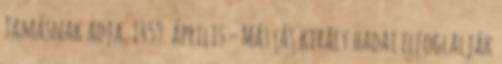
Tamásnak adja. 1459. április – Mátyás király hadai elfoglalják